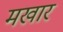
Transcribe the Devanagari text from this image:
मखार